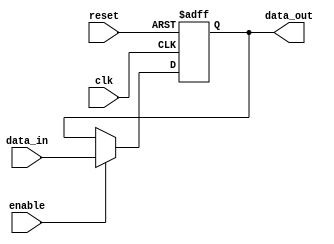
module IO_Blocks_Compensated_Bidirectional_Buffer(
  input wire clk,
  input wire reset,
  input wire enable,
  input wire [7:0] data_in,
  output reg [7:0] data_out
);

  always @(posedge clk or posedge reset) begin
    if (reset) begin
      data_out <= 8'b00000000;
    end else if (enable) begin
      data_out <= data_in;
    end
  end

endmodule